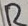
Text: R